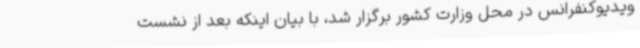
ویدیوکنفرانس در محل وزارت کشور برگزار شد، با بیان اینکه بعد از نشست